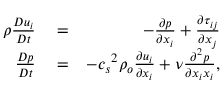
\begin{array} { r l r } { \rho \frac { D u _ { i } } { D t } } & { { } = } & { - \frac { \partial p } { \partial x _ { i } } + \frac { \partial \tau _ { i j } } { \partial x _ { j } } } \\ { \frac { D p } { D t } } & { { } = } & { - { c _ { s } } ^ { 2 } \rho _ { o } \frac { \partial u _ { i } } { \partial x _ { i } } + \nu \frac { \partial ^ { 2 } p } { \partial x _ { i } x _ { i } } , } \end{array}